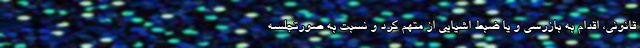
قانونی، اقدام به بازرسی و یا ضبط اشیایی از متهم کرد و نسبت به صورتجلسه